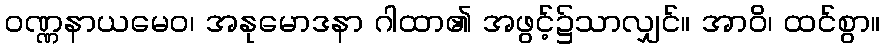
ဝဏ္ဏနာယမေဝ၊ အနုမောဒနာ ဂါထာ၏ အဖွင့်၌သာလျှင်။ အာဝိ၊ ထင်စွာ။